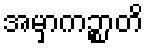
အမှာကဉ္စာတိ